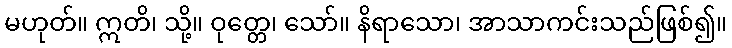
မဟုတ်။ ဣတိ၊ သို့။ ဝုတ္တေ၊ သော်။ နိရာသော၊ အာသာကင်းသည်ဖြစ်၍။